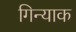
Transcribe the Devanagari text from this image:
गिन्याक